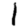
Digit: 1